Vaccination in Bombay 1924-1928 - 1924-1928
Year: 1924
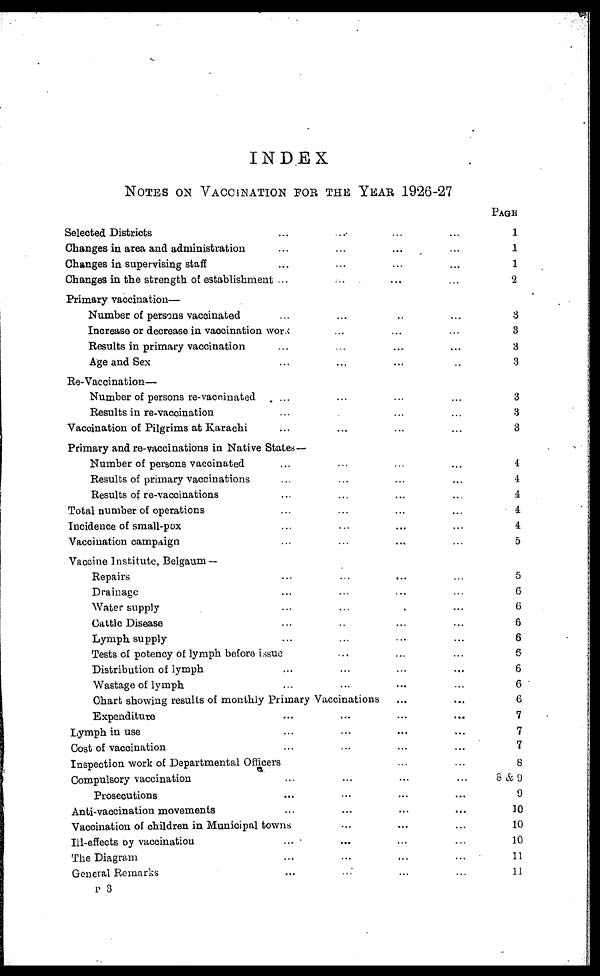
INDEX
NOTES ON VACCINATION FOR THE YEAR 1926-27
Selected Districts ... ... ... ...
Changes in area and administration ... ... ... ...
Changes in supervising staff ... ... ... ...
Changes in the strength of establishment ... ... ... ...
Primary vaccination—
Number of persons vaccinated ... ... ... ...
Increase or decrease in vaccination work ... ... ...
Results in primary vaccination ... ... ... ...
Age and Sex ... ... ... ...
Re-Vaccination—
Number of persons re-vaccinated ... ... ... ...
Results in re-vaccination ... ... ... ...
Vaccination of Pilgrims at Karachi ... ... ... ...
Primary and re-vaccinations in Native States—
Number of persons vaccinated ... ... ... ...
Results of primary vaccinations ... ... ... ...
Results of re-vaccinations ... ... ... ...
Total number of operations ... ... ... ...
Incidence of small-pox ... ... ... ...
Vaccination campaign ... ... ... ...
Vaccine Institute, Belgaum —
Repairs ... ... ... ...
Drainage ... ... ... ...
Water supply ... ... ... ...
Cattle Disease ... ... ... ...
Lymph supply ... ... ... ...
Tests of potency of lymph before issue ... ... ...
Distribution of lymph ... ... ... ...
Wastage of lymph ... ... ... ...
Chart showing results of monthly Primary Vaccinations ... ...
Expenditure ... ... ... ...
Lymph in use ... ... ... ...
Cost of vaccination ... ... ... ...
Inspection work of Departmental Officers ... ...
Compulsory vaccination ... ... ... ...
Prosecutions ... ... ... ...
Anti-vaccination movements ... ... ... ...
Vaccination of children in Municipal towns ... ... ...
Ill-effects by vaccination
... ... ... ...
The Diagram ... ... ... ...
General Remarks ... ... ... ...
PAGE
1
1
1
2
3
3
3
3
3
3
3
4
4
4
4
4
5
5
6
6
6
6
6
6
6
6
7
7
7
8
8 & 9
9
10
10
10
11
11
P 3